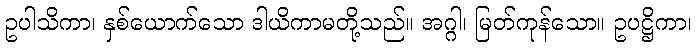
ဥပါသိကာ၊ နှစ်ယောက်သော ဒါယိကာမတို့သည်။ အဂ္ဂါ၊ မြတ်ကုန်သော။ ဥပဋ္ဌိကာ၊